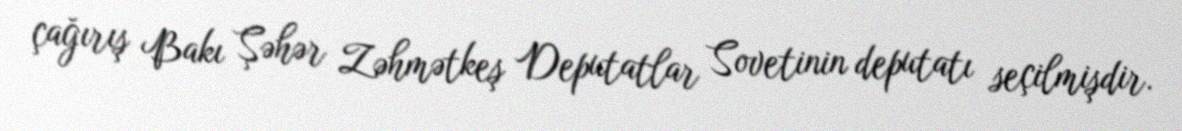
çağırış Bakı Şəhər Zəhmətkeş Deputatlar Sovetinin deputatı seçilmişdir.